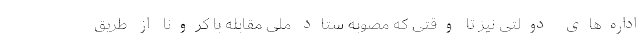
اداره‌های دولتی نیز تا وقتی که مصوبه ستاد ملی مقابله با کرونا از طریق